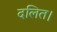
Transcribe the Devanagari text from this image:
दलित।